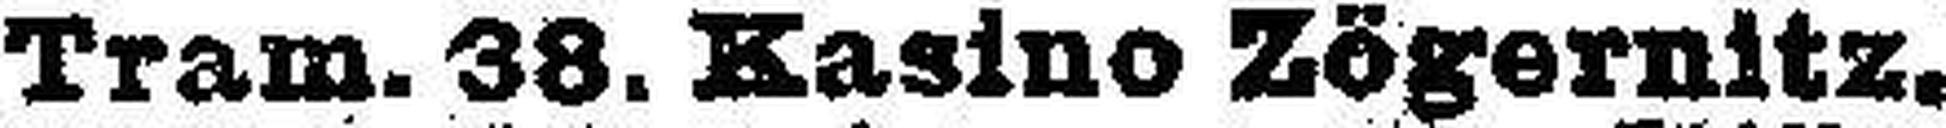
Tram. 38. Kasino Zögernitz.